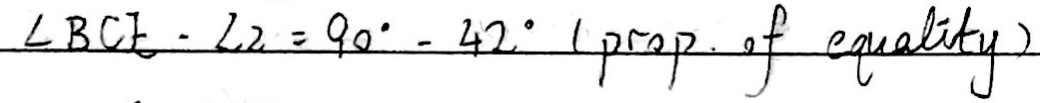
\angle B C E - \angle 2 = 9 0 ^ { \circ } - 4 2 ^ { \circ } ( p r o p \cdot o f e q u a l i t y )